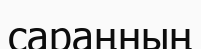
сараңның